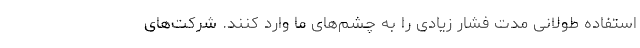
استفاده طولانی مدت فشار زیادی را به چشم‌های ما وارد کنند. شرکت‌های